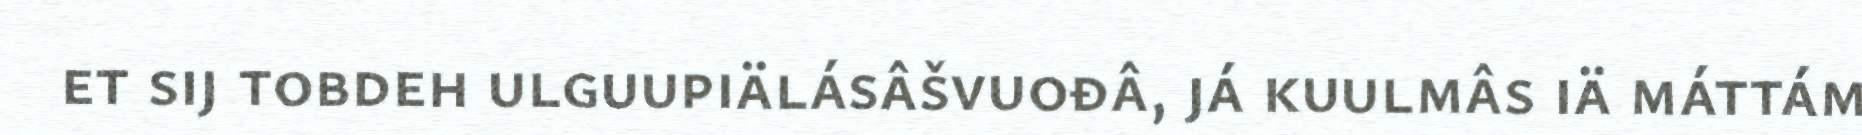
et sij tobdeh ulguupiälásâšvuođâ, já kuulmâs iä máttám